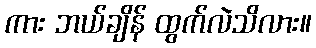
ကား ဘယ်ချိန် ထွက်လဲသိလား။